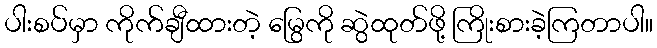
ပါးစပ်မှာ ကိုက်ချီထားတဲ့ မြွေကို ဆွဲထုတ်ဖို့ ကြိုးစားခဲ့ကြတာပါ။